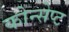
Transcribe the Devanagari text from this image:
कोन्सेप्ट